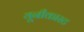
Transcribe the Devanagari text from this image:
यूनीकास्ट